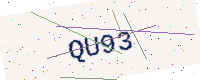
Text: QU93